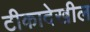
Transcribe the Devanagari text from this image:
टीकादेखील